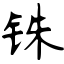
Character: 铢